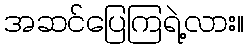
အဆင်ပြေကြရဲ့လား။